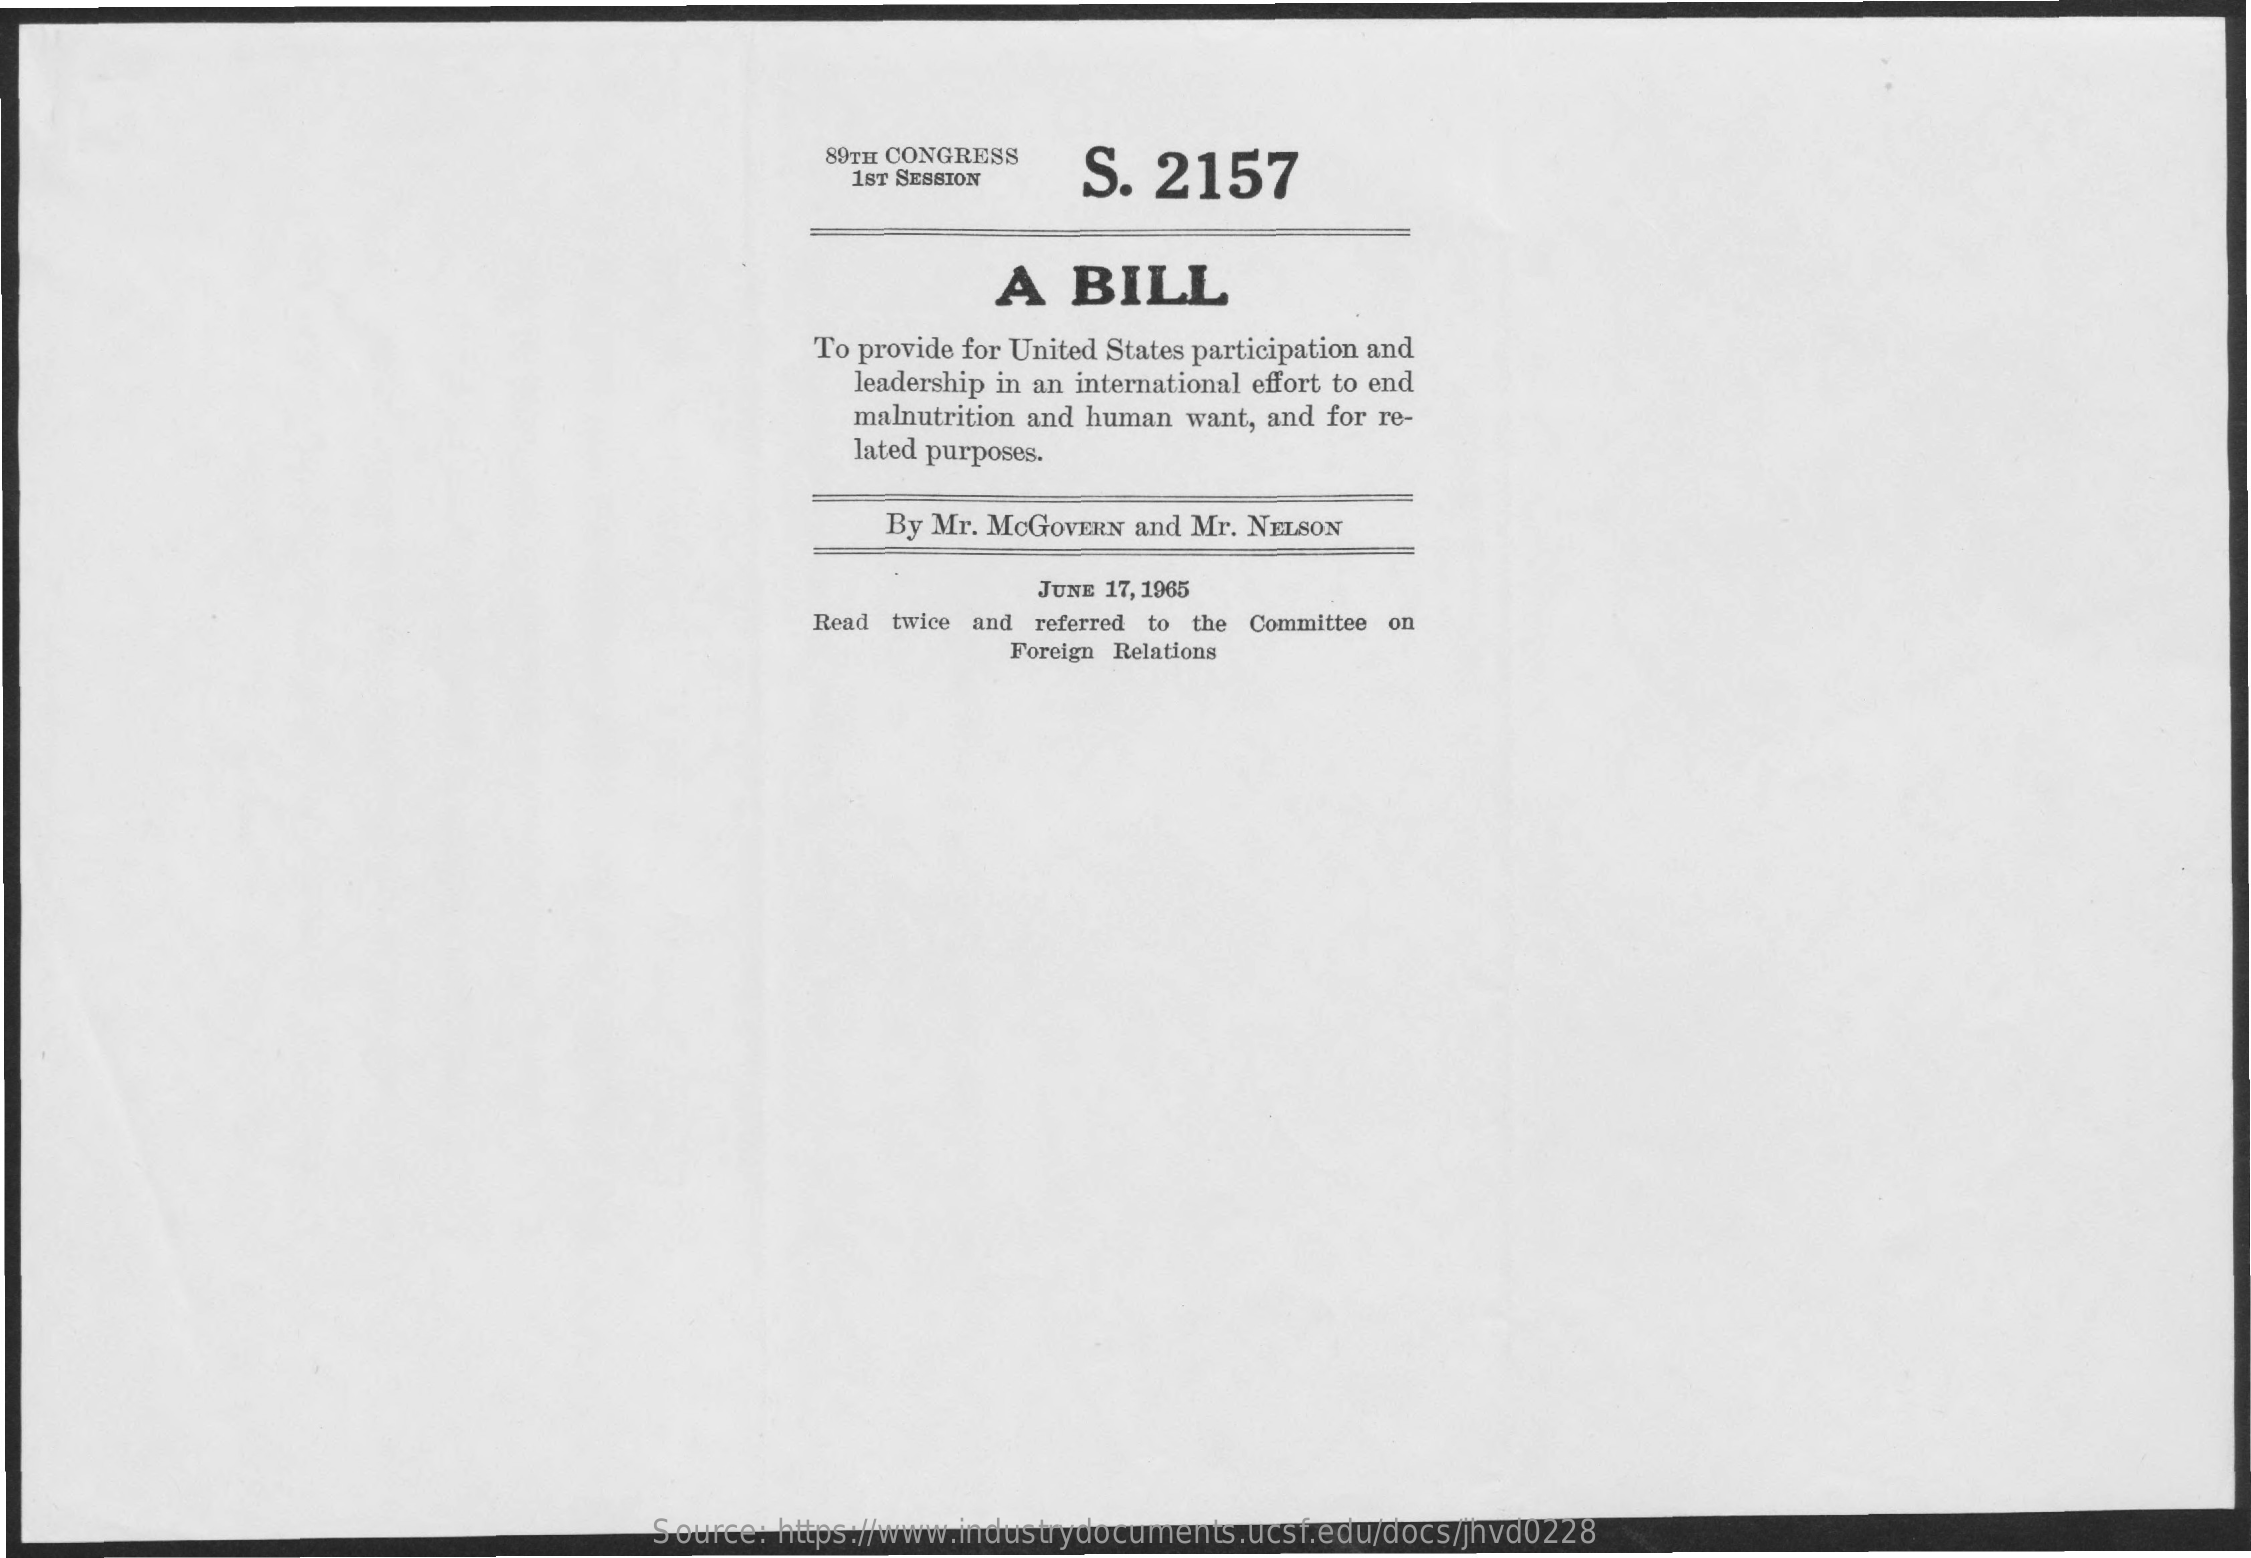
89TH CONGRESS
     S.  2157 1ST SESSION
     A   BILL
     To provide for United States participation and
     leadership in an international effort to end
     malnutrition and human want, and for re-
     lated purposes.
     By Mr. McGOVERN and Mr. NELSON
     JUNE 17, 1965
     Read twice and referred to the Committee on
     Foreign Relations
     Source: https://www.industrydocuments.ucsf.edu/docs/jhvd0228